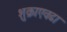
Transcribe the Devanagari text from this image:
शुक्राएवढा